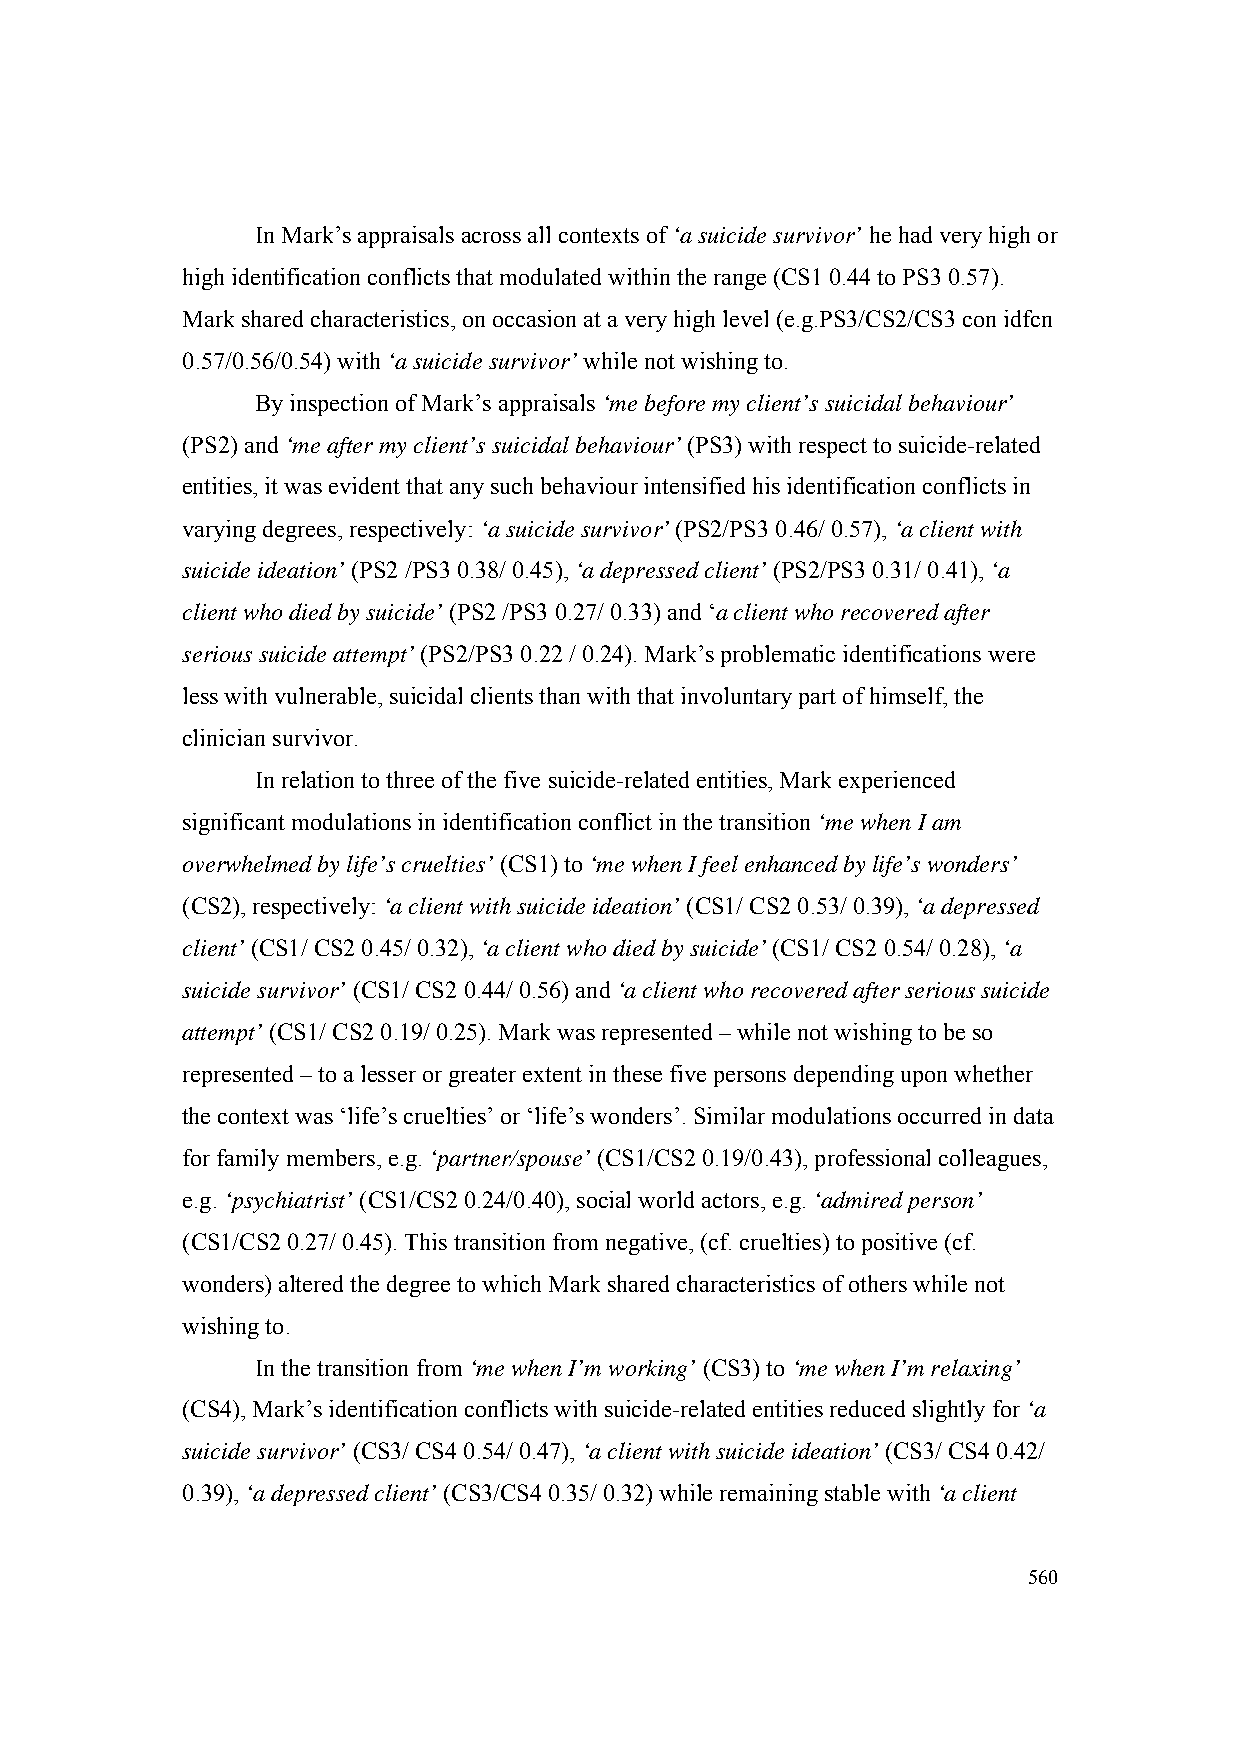
In Mark’s appraisals across all contexts of ‘a suicide survivor’ he had very high or
 high identification conflicts that modulated within the range (CS1 0.44 to PS3 0.57).
 Mark shared characteristics, on occasion at a very high level (e.g.PS3/CS2/CS3 con idfcn
 0.57/0.56/0.54) with ‘a suicide survivor’ while not wishing to.
 By inspection of Mark’s appraisals ‘me before my client’s suicidal behaviour’
 (PS2) and ‘me after my client’s suicidal behaviour’ (PS3) with respect to suicide-related
 entities, it was evident that any such behaviour intensified his identification conflicts in
 varying degrees, respectively: ‘a suicide survivor’ (PS2/PS3 0.46/ 0.57), ‘a client with
 suicide ideation’ (PS2 /PS3 0.38/ 0.45), ‘a depressed client’ (PS2/PS3 0.31/ 0.41), ‘a
 client who died by suicide’ (PS2 /PS3 0.27/ 0.33) and ‘a client who recovered after
 serious suicide attempt’ (PS2/PS3 0.22 / 0.24). Mark’s problematic identifications were
 less with vulnerable, suicidal clients than with that involuntary part of himself, the
 clinician survivor.
 In relation to three of the five suicide-related entities, Mark experienced
 significant modulations in identification conflict in the transition ‘me when I am
 overwhelmed by life’s cruelties’ (CS1) to ‘me when I feel enhanced by life’s wonders’
 (CS2), respectively: ‘a client with suicide ideation’ (CS1/ CS2 0.53/ 0.39), ‘a depressed
 client’ (CS1/ CS2 0.45/ 0.32), ‘a client who died by suicide’ (CS1/ CS2 0.54/ 0.28), ‘a
 suicide survivor’ (CS1/ CS2 0.44/ 0.56) and ‘a client who recovered after serious suicide
 attempt’ (CS1/ CS2 0.19/ 0.25). Mark was represented – while not wishing to be so
 represented – to a lesser or greater extent in these five persons depending upon whether
 the context was ‘life’s cruelties’ or ‘life’s wonders’. Similar modulations occurred in data
 for family members, e.g. ‘partner/spouse’ (CS1/CS2 0.19/0.43), professional colleagues,
 e.g. ‘psychiatrist’ (CS1/CS2 0.24/0.40), social world actors, e.g. ‘admired person’
 (CS1/CS2 0.27/ 0.45). This transition from negative, (cf. cruelties) to positive (cf.
 wonders) altered the degree to which Mark shared characteristics of others while not
 wishing to.
 In the transition from ‘me when I’m working’ (CS3) to ‘me when I’m relaxing’
 (CS4), Mark’s identification conflicts with suicide-related entities reduced slightly for ‘a
 suicide survivor’ (CS3/ CS4 0.54/ 0.47), ‘a client with suicide ideation’ (CS3/ CS4 0.42/
 0.39), ‘a depressed client’ (CS3/CS4 0.35/ 0.32) while remaining stable with ‘a client
 560